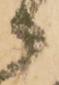
御